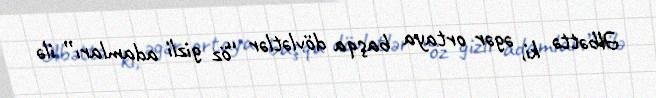
Əlbəttə ki, əgər ortaya başqa dövlətlər “öz gizli adamları” ilə